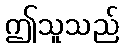
ဤသူသည်